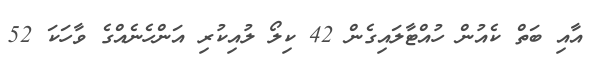
އާއި ބަތް ކެއުން ހުއްޓާލައިގެން 42 ކިލޯ ލުއިކުރި އަންހެނެއްގެ ވާހަކަ 52